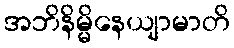
အဘိနိမ္မိနေယျာမာတိ